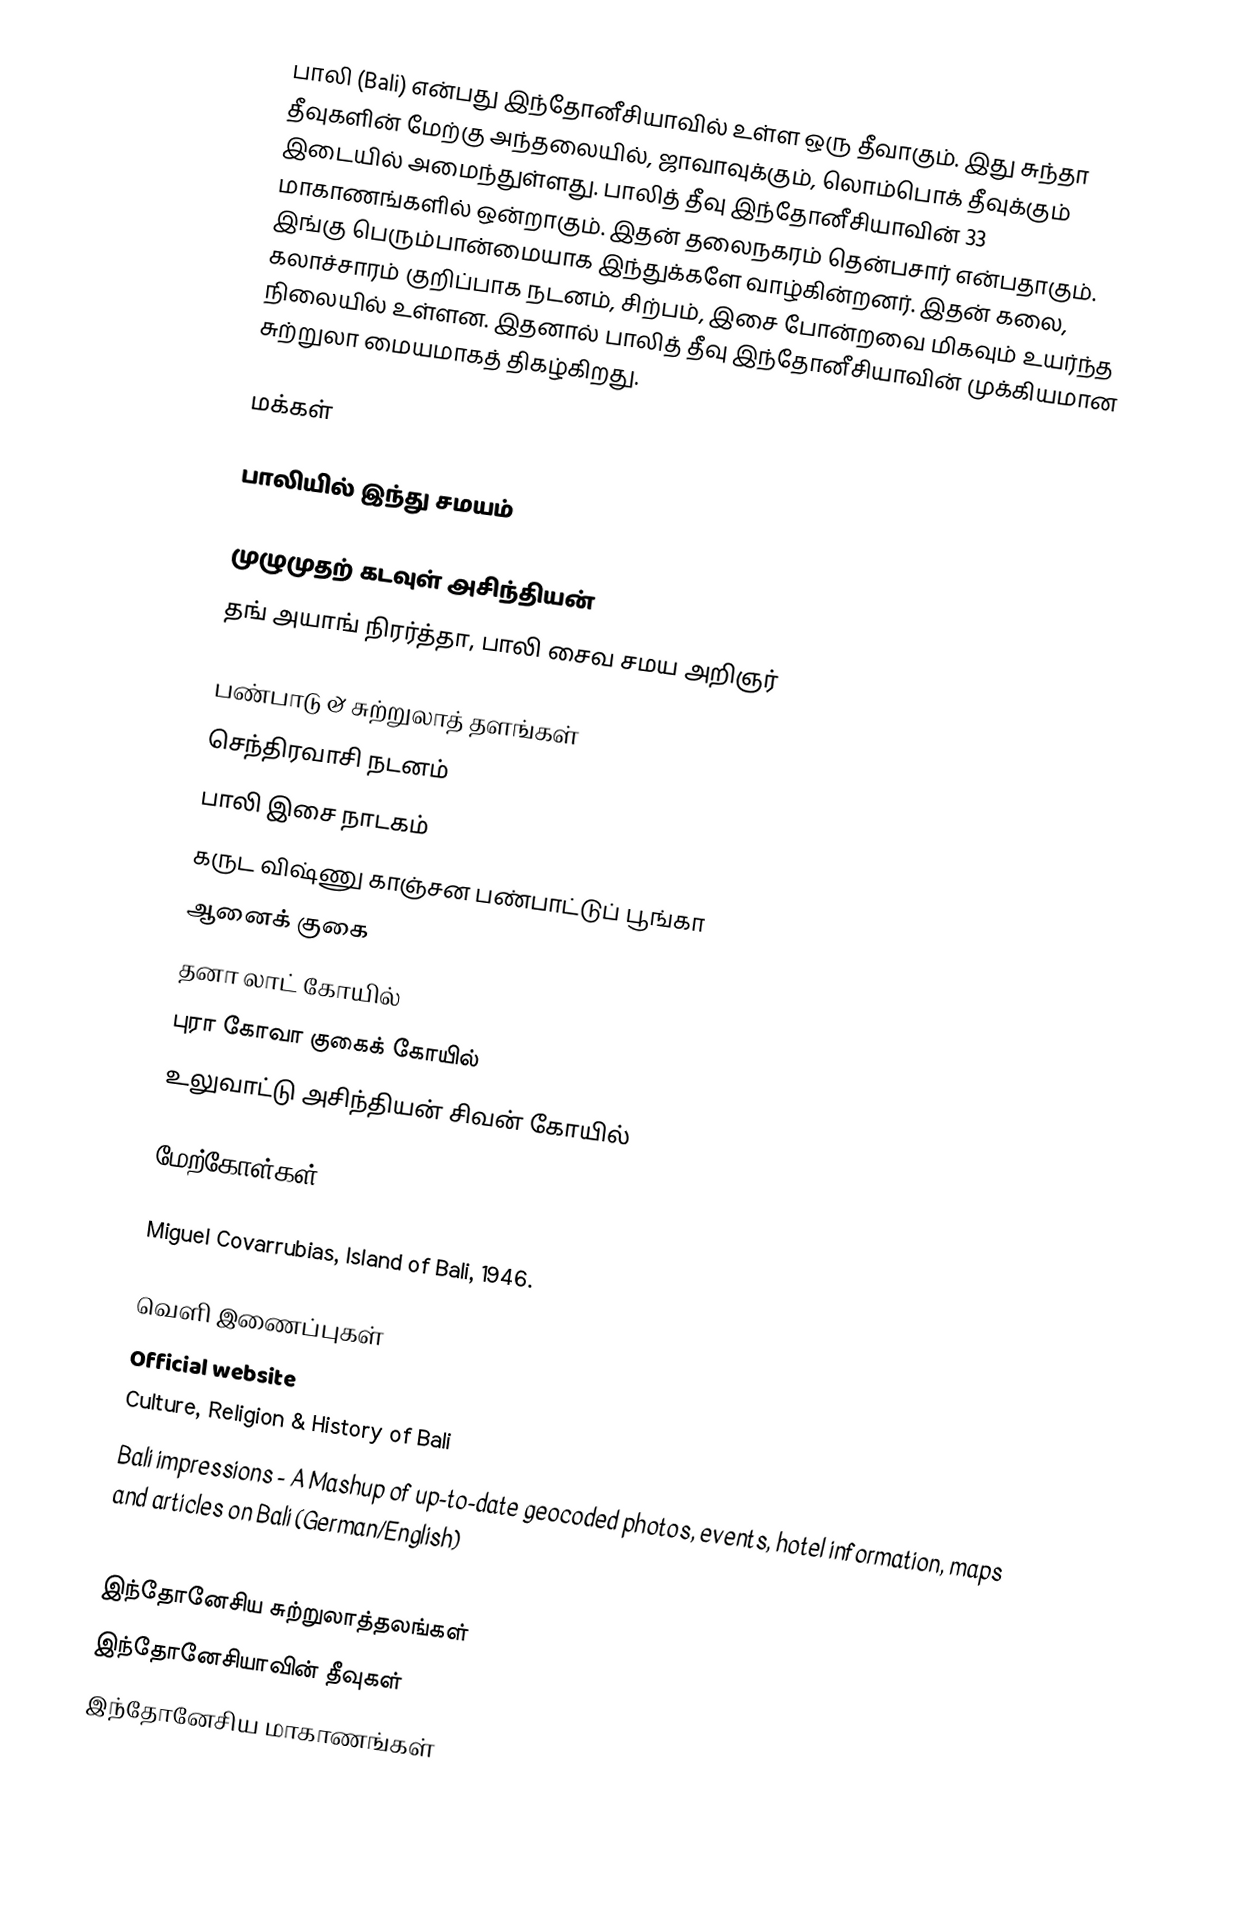
பாலி (Bali) என்பது இந்தோனீசியாவில் உள்ள ஒரு தீவாகும். இது சுந்தா தீவுகளின் மேற்கு அந்தலையில், ஜாவாவுக்கும், லொம்பொக் தீவுக்கும் இடையில் அமைந்துள்ளது. பாலித் தீவு இந்தோனீசியாவின் 33 மாகாணங்களில் ஒன்றாகும். இதன் தலைநகரம் தென்பசார் என்பதாகும். இங்கு பெரும்பான்மையாக இந்துக்களே வாழ்கின்றனர். இதன் கலை, கலாச்சாரம் குறிப்பாக நடனம், சிற்பம், இசை போன்றவை மிகவும் உயர்ந்த நிலையில் உள்ளன. இதனால் பாலித் தீவு இந்தோனீசியாவின் முக்கியமான சுற்றுலா மையமாகத் திகழ்கிறது.

மக்கள்

பாலியில் இந்து சமயம்

 முழுமுதற் கடவுள் அசிந்தியன்
 தங் அயாங் நிரர்த்தா, பாலி சைவ சமய அறிஞர்

பண்பாடு &  சுற்றுலாத் தளங்கள்
 செந்திரவாசி நடனம்
 பாலி இசை நாடகம்
 கருட விஷ்ணு காஞ்சன பண்பாட்டுப் பூங்கா
 ஆனைக் குகை
 தனா லாட் கோயில்
 புரா கோவா குகைக் கோயில்
 உலுவாட்டு அசிந்தியன் சிவன் கோயில்

மேற்கோள்கள்

 Miguel Covarrubias, Island of Bali, 1946.

வெளி இணைப்புகள்
 Official website
 Culture, Religion & History of Bali
 Bali impressions - A Mashup of up-to-date geocoded photos, events, hotel information, maps and articles on Bali (German/English)

இந்தோனேசிய சுற்றுலாத்தலங்கள்
இந்தோனேசியாவின் தீவுகள்
இந்தோனேசிய மாகாணங்கள்